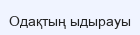
Одақтың ыдырауы